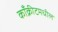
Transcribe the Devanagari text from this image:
काँक्रीटमधील